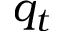
q _ { t }